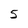
Character: 5